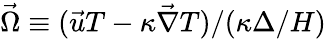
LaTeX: \vec{\Omega}\equiv(\vec{u}T-\kappa\vec{\nabla}T)/(\kappa\Delta/H)